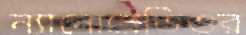
ন্যানোরেডিওর